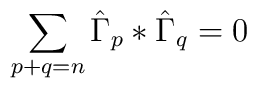
\sum_{p+q=n}\hat \Gamma _p*\hat \Gamma _q=0